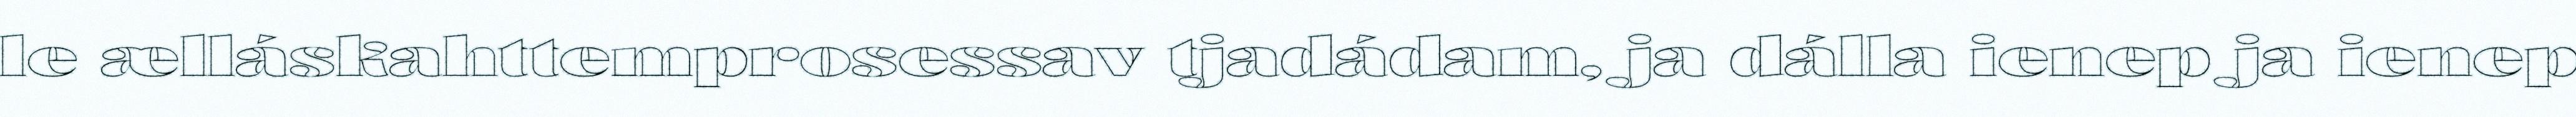
le ælláskahttemprosessav tjadádam, ja dálla ienep ja ienep